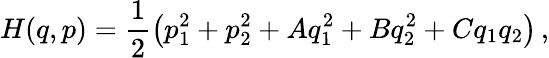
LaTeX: H(q,p)=\frac{1}{2}\left(p_{1}^{2}+p_{2}^{2}+Aq_{1}^{2}+Bq_{2}^{2}+Cq_{1}q_{2}\right)\, ,